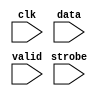
//Legal Notice: (C)2006 Altera Corporation. All rights reserved.  Your
//use of Altera Corporation's design tools, logic functions and other
//software and tools, and its AMPP partner logic functions, and any
//output files any of the foregoing (including device programming or
//simulation files), and any associated documentation or information are
//expressly subject to the terms and conditions of the Altera Program
//License Subscription Agreement or other applicable license agreement,
//including, without limitation, that your use is for the sole purpose
//of programming logic devices manufactured by Altera and sold by Altera
//or its authorized distributors.  Please refer to the applicable
//agreement for further details.

// synthesis translate_off
`timescale 1ns / 1ps
// synthesis translate_on

// turn off superfluous verilog processor warnings 
// altera message_level Level1 
// altera message_off 10034 10035 10036 10037 10230 10240 10030 

module uart_0_log_module (
                           // inputs:
                            clk,
                            data,
                            strobe,
                            valid
                         )
;

  input            clk;
  input   [  7: 0] data;
  input            strobe;
  input            valid;


//synthesis translate_off
//////////////// SIMULATION-ONLY CONTENTS
   reg [31:0] text_handle; // for $fopen
   initial text_handle = $fopen ("C:/576/Projects/FinalProject/test_sim/uart_0_log_module.txt");

   always @(posedge clk) begin
      if (valid && strobe) begin
	 // Send \n (linefeed) instead of \r (^M, Carriage Return)...
         $fwrite (text_handle, "%s", ((data == 8'hd) ? 8'ha : data));
	 // non-standard; poorly documented; required to get real data stream.
	 $fflush (text_handle);
      end
   end // clk


//////////////// END SIMULATION-ONLY CONTENTS

//synthesis translate_on

endmodule



// turn off superfluous verilog processor warnings 
// altera message_level Level1 
// altera message_off 10034 10035 10036 10037 10230 10240 10030 

module uart_0_tx (
                   // inputs:
                    baud_divisor,
                    begintransfer,
                    clk,
                    clk_en,
                    do_force_break,
                    reset_n,
                    status_wr_strobe,
                    tx_data,
                    tx_wr_strobe,

                   // outputs:
                    tx_overrun,
                    tx_ready,
                    tx_shift_empty,
                    txd
                 )
;

  output           tx_overrun;
  output           tx_ready;
  output           tx_shift_empty;
  output           txd;
  input   [  7: 0] baud_divisor;
  input            begintransfer;
  input            clk;
  input            clk_en;
  input            do_force_break;
  input            reset_n;
  input            status_wr_strobe;
  input   [  7: 0] tx_data;
  input            tx_wr_strobe;

  reg              baud_clk_en;
  reg     [  7: 0] baud_rate_counter;
  wire             baud_rate_counter_is_zero;
  reg              do_load_shifter;
  wire             do_shift;
  reg              pre_txd;
  wire             shift_done;
  wire    [  9: 0] tx_load_val;
  reg              tx_overrun;
  reg              tx_ready;
  reg              tx_shift_empty;
  wire             tx_shift_reg_out;
  wire    [  9: 0] tx_shift_register_contents;
  wire             tx_wr_strobe_onset;
  reg              txd;
  wire    [  9: 0] unxshiftxtx_shift_register_contentsxtx_shift_reg_outxx5_in;
  reg     [  9: 0] unxshiftxtx_shift_register_contentsxtx_shift_reg_outxx5_out;
  assign tx_wr_strobe_onset = tx_wr_strobe && begintransfer;
  assign tx_load_val = {{1 {1'b1}},
    tx_data,
    1'b0};

  assign shift_done = ~(|tx_shift_register_contents);
  always @(posedge clk or negedge reset_n)
    begin
      if (reset_n == 0)
          do_load_shifter <= 0;
      else if (clk_en)
          do_load_shifter <= (~tx_ready) && shift_done;
    end


  always @(posedge clk or negedge reset_n)
    begin
      if (reset_n == 0)
          tx_ready <= 1'b1;
      else if (clk_en)
          if (tx_wr_strobe_onset)
              tx_ready <= 0;
          else if (do_load_shifter)
              tx_ready <= -1;
    end


  always @(posedge clk or negedge reset_n)
    begin
      if (reset_n == 0)
          tx_overrun <= 0;
      else if (clk_en)
          if (status_wr_strobe)
              tx_overrun <= 0;
          else if (~tx_ready && tx_wr_strobe_onset)
              tx_overrun <= -1;
    end


  always @(posedge clk or negedge reset_n)
    begin
      if (reset_n == 0)
          tx_shift_empty <= 1'b1;
      else if (clk_en)
          tx_shift_empty <= tx_ready && shift_done;
    end


  always @(posedge clk or negedge reset_n)
    begin
      if (reset_n == 0)
          baud_rate_counter <= 0;
      else if (clk_en)
          if (baud_rate_counter_is_zero || do_load_shifter)
              baud_rate_counter <= baud_divisor;
          else 
            baud_rate_counter <= baud_rate_counter - 1;
    end


  assign baud_rate_counter_is_zero = baud_rate_counter == 0;
  always @(posedge clk or negedge reset_n)
    begin
      if (reset_n == 0)
          baud_clk_en <= 0;
      else if (clk_en)
          baud_clk_en <= baud_rate_counter_is_zero;
    end


  assign do_shift = baud_clk_en  && 
    (~shift_done) && 
    (~do_load_shifter);

  always @(posedge clk or negedge reset_n)
    begin
      if (reset_n == 0)
          pre_txd <= 1;
      else if (~shift_done)
          pre_txd <= tx_shift_reg_out;
    end


  always @(posedge clk or negedge reset_n)
    begin
      if (reset_n == 0)
          txd <= 1;
      else if (clk_en)
          txd <= pre_txd & ~do_force_break;
    end


  //_reg, which is an e_register
  always @(posedge clk or negedge reset_n)
    begin
      if (reset_n == 0)
          unxshiftxtx_shift_register_contentsxtx_shift_reg_outxx5_out <= 0;
      else if (clk_en)
          unxshiftxtx_shift_register_contentsxtx_shift_reg_outxx5_out <= unxshiftxtx_shift_register_contentsxtx_shift_reg_outxx5_in;
    end


  assign unxshiftxtx_shift_register_contentsxtx_shift_reg_outxx5_in = (do_load_shifter)? tx_load_val :
    (do_shift)? {1'b0,
    unxshiftxtx_shift_register_contentsxtx_shift_reg_outxx5_out[9 : 1]} :
    unxshiftxtx_shift_register_contentsxtx_shift_reg_outxx5_out;

  assign tx_shift_register_contents = unxshiftxtx_shift_register_contentsxtx_shift_reg_outxx5_out;
  assign tx_shift_reg_out = unxshiftxtx_shift_register_contentsxtx_shift_reg_outxx5_out[0];

endmodule



// turn off superfluous verilog processor warnings 
// altera message_level Level1 
// altera message_off 10034 10035 10036 10037 10230 10240 10030 

module uart_0_rx_stimulus_source_character_source_rom_module (
                                                               // inputs:
                                                                clk,
                                                                incr_addr,
                                                                reset_n,

                                                               // outputs:
                                                                new_rom,
                                                                q,
                                                                safe
                                                             )
;

  parameter POLL_RATE = 100;


  output           new_rom;
  output  [  7: 0] q;
  output           safe;
  input            clk;
  input            incr_addr;
  input            reset_n;

  reg     [ 10: 0] address;
  reg              d1_pre;
  reg              d2_pre;
  reg              d3_pre;
  reg              d4_pre;
  reg              d5_pre;
  reg              d6_pre;
  reg              d7_pre;
  reg              d8_pre;
  reg              d9_pre;
  reg     [  7: 0] mem_array [1023: 0];
  reg     [ 31: 0] mutex [  1: 0];
  reg              new_rom;
  reg              pre;
  wire    [  7: 0] q;
  wire             safe;

//synthesis translate_off
//////////////// SIMULATION-ONLY CONTENTS
  assign q = mem_array[address];
  always @(posedge clk or negedge reset_n)
    begin
      if (reset_n == 0)
        begin
          d1_pre <= 0;
          d2_pre <= 0;
          d3_pre <= 0;
          d4_pre <= 0;
          d5_pre <= 0;
          d6_pre <= 0;
          d7_pre <= 0;
          d8_pre <= 0;
          d9_pre <= 0;
          new_rom <= 0;
        end
      else if (1)
        begin
          d1_pre <= pre;
          d2_pre <= d1_pre;
          d3_pre <= d2_pre;
          d4_pre <= d3_pre;
          d5_pre <= d4_pre;
          d6_pre <= d5_pre;
          d7_pre <= d6_pre;
          d8_pre <= d7_pre;
          d9_pre <= d8_pre;
          new_rom <= d9_pre;
        end
    end


   reg        safe_delay;
   reg [31:0] poll_count;
   reg [31:0] mutex_handle;
   wire       interactive = 1'b0 ; // '
   assign     safe = (address < mutex[1]);

   initial poll_count = POLL_RATE;

   always @(posedge clk or negedge reset_n) begin
      if (reset_n !== 1) begin
         safe_delay <= 0;
      end else begin
         safe_delay <= safe;
      end
   end // safe_delay

   always @(posedge clk or negedge reset_n) begin
      if (reset_n !== 1) begin  // dont worry about null _stream.dat file
         address <= 0;
         mem_array[0] <= 0;
         mutex[0] <= 0;
         mutex[1] <= 0;
         pre <= 0;
      end else begin            // deal with the non-reset case
         pre <= 0;
         if (incr_addr && safe) address <= address + 1;
         if (mutex[0] && !safe && safe_delay) begin
            // and blast the mutex after falling edge of safe if interactive
            if (interactive) begin
               mutex_handle = $fopen ("C:/576/Projects/FinalProject/test_sim/uart_0_input_data_mutex.dat");
               $fdisplay (mutex_handle, "0");
               $fclose (mutex_handle);
               // $display ($stime, "\t%m:\n\t\tMutex cleared!");
            end else begin
               // sleep until next reset, do not bash mutex.
               wait (!reset_n);
            end
         end // OK to bash mutex.
         if (poll_count < POLL_RATE) begin // wait
            poll_count = poll_count + 1;
         end else begin         // do the interesting stuff.
            poll_count = 0;
            $readmemh ("C:/576/Projects/FinalProject/test_sim/uart_0_input_data_mutex.dat", mutex);
            if (mutex[0] && !safe) begin
            // read stream into mem_array after current characters are gone!
               // save mutex[0] value to compare to address (generates 'safe')
               mutex[1] <= mutex[0];
               // $display ($stime, "\t%m:\n\t\tMutex hit: Trying to read %d bytes...", mutex[0]);
               $readmemh("C:/576/Projects/FinalProject/test_sim/uart_0_input_data_stream.dat", mem_array);
               // bash address and send pulse outside to send the char:
               address <= 0;
               pre <= -1;
            end // else mutex miss...
         end // poll_count
      end // reset
   end // posedge clk


//////////////// END SIMULATION-ONLY CONTENTS

//synthesis translate_on

endmodule



// turn off superfluous verilog processor warnings 
// altera message_level Level1 
// altera message_off 10034 10035 10036 10037 10230 10240 10030 

module uart_0_rx_stimulus_source (
                                   // inputs:
                                    baud_divisor,
                                    clk,
                                    clk_en,
                                    reset_n,
                                    rx_char_ready,
                                    rxd,

                                   // outputs:
                                    source_rxd
                                 )
;

  output           source_rxd;
  input   [  7: 0] baud_divisor;
  input            clk;
  input            clk_en;
  input            reset_n;
  input            rx_char_ready;
  input            rxd;

  reg     [  7: 0] d1_stim_data;
  reg              delayed_unxrx_char_readyxx0;
  wire             do_send_stim_data;
  wire             new_rom_pulse;
  wire             pickup_pulse;
  wire             safe;
  wire             source_rxd;
  wire    [  7: 0] stim_data;
  wire             unused_empty;
  wire             unused_overrun;
  wire             unused_ready;

//synthesis translate_off
//////////////// SIMULATION-ONLY CONTENTS
  //stimulus_transmitter, which is an e_instance
  uart_0_tx stimulus_transmitter
    (
      .baud_divisor     (baud_divisor),
      .begintransfer    (do_send_stim_data),
      .clk              (clk),
      .clk_en           (clk_en),
      .do_force_break   (1'b0),
      .reset_n          (reset_n),
      .status_wr_strobe (1'b0),
      .tx_data          (d1_stim_data),
      .tx_overrun       (unused_overrun),
      .tx_ready         (unused_ready),
      .tx_shift_empty   (unused_empty),
      .tx_wr_strobe     (1'b1),
      .txd              (source_rxd)
    );

  always @(posedge clk or negedge reset_n)
    begin
      if (reset_n == 0)
          d1_stim_data <= 0;
      else if (do_send_stim_data)
          d1_stim_data <= stim_data;
    end


  //uart_0_rx_stimulus_source_character_source_rom, which is an e_drom
  uart_0_rx_stimulus_source_character_source_rom_module uart_0_rx_stimulus_source_character_source_rom
    (
      .clk       (clk),
      .incr_addr (do_send_stim_data),
      .new_rom   (new_rom_pulse),
      .q         (stim_data),
      .reset_n   (reset_n),
      .safe      (safe)
    );

  //delayed_unxrx_char_readyxx0, which is an e_register
  always @(posedge clk or negedge reset_n)
    begin
      if (reset_n == 0)
          delayed_unxrx_char_readyxx0 <= 0;
      else if (clk_en)
          delayed_unxrx_char_readyxx0 <= rx_char_ready;
    end


  assign pickup_pulse = ~(rx_char_ready) &  (delayed_unxrx_char_readyxx0);
  assign do_send_stim_data = (pickup_pulse || new_rom_pulse) && safe;

//////////////// END SIMULATION-ONLY CONTENTS

//synthesis translate_on
//synthesis read_comments_as_HDL on
//  assign source_rxd = rxd;
//synthesis read_comments_as_HDL off

endmodule



// turn off superfluous verilog processor warnings 
// altera message_level Level1 
// altera message_off 10034 10035 10036 10037 10230 10240 10030 

module uart_0_rx (
                   // inputs:
                    baud_divisor,
                    begintransfer,
                    clk,
                    clk_en,
                    reset_n,
                    rx_rd_strobe,
                    rxd,
                    status_wr_strobe,

                   // outputs:
                    break_detect,
                    framing_error,
                    parity_error,
                    rx_char_ready,
                    rx_data,
                    rx_overrun
                 )
;

  output           break_detect;
  output           framing_error;
  output           parity_error;
  output           rx_char_ready;
  output  [  7: 0] rx_data;
  output           rx_overrun;
  input   [  7: 0] baud_divisor;
  input            begintransfer;
  input            clk;
  input            clk_en;
  input            reset_n;
  input            rx_rd_strobe;
  input            rxd;
  input            status_wr_strobe;

  reg              baud_clk_en;
  wire    [  7: 0] baud_load_value;
  reg     [  7: 0] baud_rate_counter;
  wire             baud_rate_counter_is_zero;
  reg              break_detect;
  reg              d1_source_rxd;
  reg              delayed_unxrx_in_processxx3;
  reg              delayed_unxsync_rxdxx1;
  reg              delayed_unxsync_rxdxx2;
  reg              do_start_rx;
  reg              framing_error;
  wire             got_new_char;
  wire    [  6: 0] half_bit_cell_divisor;
  wire             is_break;
  wire             is_framing_error;
  wire             parity_error;
  wire    [  7: 0] raw_data_in;
  reg              rx_char_ready;
  reg     [  7: 0] rx_data;
  wire             rx_in_process;
  reg              rx_overrun;
  wire             rx_rd_strobe_onset;
  wire             rxd_edge;
  wire             rxd_falling;
  wire    [  9: 0] rxd_shift_reg;
  wire             sample_enable;
  wire             shift_reg_start_bit_n;
  wire             source_rxd;
  wire             stop_bit;
  reg              sync_rxd;
  wire             unused_start_bit;
  wire    [  9: 0] unxshiftxrxd_shift_regxshift_reg_start_bit_nxx6_in;
  reg     [  9: 0] unxshiftxrxd_shift_regxshift_reg_start_bit_nxx6_out;
  uart_0_rx_stimulus_source the_uart_0_rx_stimulus_source
    (
      .baud_divisor  (baud_divisor),
      .clk           (clk),
      .clk_en        (clk_en),
      .reset_n       (reset_n),
      .rx_char_ready (rx_char_ready),
      .rxd           (rxd),
      .source_rxd    (source_rxd)
    );

  always @(posedge clk or negedge reset_n)
    begin
      if (reset_n == 0)
        begin
          d1_source_rxd <= 0;
          sync_rxd <= 0;
        end
      else if (clk_en)
        begin
          d1_source_rxd <= source_rxd;
          sync_rxd <= d1_source_rxd;
        end
    end


  //delayed_unxsync_rxdxx1, which is an e_register
  always @(posedge clk or negedge reset_n)
    begin
      if (reset_n == 0)
          delayed_unxsync_rxdxx1 <= 0;
      else if (clk_en)
          delayed_unxsync_rxdxx1 <= sync_rxd;
    end


  assign rxd_falling = ~(sync_rxd) &  (delayed_unxsync_rxdxx1);
  //delayed_unxsync_rxdxx2, which is an e_register
  always @(posedge clk or negedge reset_n)
    begin
      if (reset_n == 0)
          delayed_unxsync_rxdxx2 <= 0;
      else if (clk_en)
          delayed_unxsync_rxdxx2 <= sync_rxd;
    end


  assign rxd_edge = (sync_rxd) ^  (delayed_unxsync_rxdxx2);
  assign rx_rd_strobe_onset = rx_rd_strobe && begintransfer;
  assign half_bit_cell_divisor = baud_divisor[7 : 1];
  assign baud_load_value = (rxd_edge)? half_bit_cell_divisor :
    baud_divisor;

  always @(posedge clk or negedge reset_n)
    begin
      if (reset_n == 0)
          baud_rate_counter <= 0;
      else if (clk_en)
          if (baud_rate_counter_is_zero || rxd_edge)
              baud_rate_counter <= baud_load_value;
          else 
            baud_rate_counter <= baud_rate_counter - 1;
    end


  assign baud_rate_counter_is_zero = baud_rate_counter == 0;
  always @(posedge clk or negedge reset_n)
    begin
      if (reset_n == 0)
          baud_clk_en <= 0;
      else if (clk_en)
          if (rxd_edge)
              baud_clk_en <= 0;
          else 
            baud_clk_en <= baud_rate_counter_is_zero;
    end


  assign sample_enable = baud_clk_en && rx_in_process;
  always @(posedge clk or negedge reset_n)
    begin
      if (reset_n == 0)
          do_start_rx <= 0;
      else if (clk_en)
          if (~rx_in_process && rxd_falling)
              do_start_rx <= 1;
          else 
            do_start_rx <= 0;
    end


  assign rx_in_process = shift_reg_start_bit_n;
  assign {stop_bit,
raw_data_in,
unused_start_bit} = rxd_shift_reg;
  assign is_break = ~(|rxd_shift_reg);
  assign is_framing_error = ~stop_bit && ~is_break;
  //delayed_unxrx_in_processxx3, which is an e_register
  always @(posedge clk or negedge reset_n)
    begin
      if (reset_n == 0)
          delayed_unxrx_in_processxx3 <= 0;
      else if (clk_en)
          delayed_unxrx_in_processxx3 <= rx_in_process;
    end


  assign got_new_char = ~(rx_in_process) &  (delayed_unxrx_in_processxx3);
  always @(posedge clk or negedge reset_n)
    begin
      if (reset_n == 0)
          rx_data <= 0;
      else if (got_new_char)
          rx_data <= raw_data_in;
    end


  always @(posedge clk or negedge reset_n)
    begin
      if (reset_n == 0)
          framing_error <= 0;
      else if (clk_en)
          if (status_wr_strobe)
              framing_error <= 0;
          else if (got_new_char && is_framing_error)
              framing_error <= -1;
    end


  always @(posedge clk or negedge reset_n)
    begin
      if (reset_n == 0)
          break_detect <= 0;
      else if (clk_en)
          if (status_wr_strobe)
              break_detect <= 0;
          else if (got_new_char && is_break)
              break_detect <= -1;
    end


  always @(posedge clk or negedge reset_n)
    begin
      if (reset_n == 0)
          rx_overrun <= 0;
      else if (clk_en)
          if (status_wr_strobe)
              rx_overrun <= 0;
          else if (got_new_char && rx_char_ready)
              rx_overrun <= -1;
    end


  always @(posedge clk or negedge reset_n)
    begin
      if (reset_n == 0)
          rx_char_ready <= 0;
      else if (clk_en)
          if (rx_rd_strobe_onset)
              rx_char_ready <= 0;
          else if (got_new_char)
              rx_char_ready <= -1;
    end


  assign parity_error = 0;
  //_reg, which is an e_register
  always @(posedge clk or negedge reset_n)
    begin
      if (reset_n == 0)
          unxshiftxrxd_shift_regxshift_reg_start_bit_nxx6_out <= 0;
      else if (clk_en)
          unxshiftxrxd_shift_regxshift_reg_start_bit_nxx6_out <= unxshiftxrxd_shift_regxshift_reg_start_bit_nxx6_in;
    end


  assign unxshiftxrxd_shift_regxshift_reg_start_bit_nxx6_in = (do_start_rx)? {10{1'b1}} :
    (sample_enable)? {sync_rxd,
    unxshiftxrxd_shift_regxshift_reg_start_bit_nxx6_out[9 : 1]} :
    unxshiftxrxd_shift_regxshift_reg_start_bit_nxx6_out;

  assign rxd_shift_reg = unxshiftxrxd_shift_regxshift_reg_start_bit_nxx6_out;
  assign shift_reg_start_bit_n = unxshiftxrxd_shift_regxshift_reg_start_bit_nxx6_out[0];

endmodule



// turn off superfluous verilog processor warnings 
// altera message_level Level1 
// altera message_off 10034 10035 10036 10037 10230 10240 10030 

module uart_0_regs (
                     // inputs:
                      address,
                      break_detect,
                      chipselect,
                      clk,
                      clk_en,
                      framing_error,
                      parity_error,
                      read_n,
                      reset_n,
                      rx_char_ready,
                      rx_data,
                      rx_overrun,
                      tx_overrun,
                      tx_ready,
                      tx_shift_empty,
                      write_n,
                      writedata,

                     // outputs:
                      baud_divisor,
                      dataavailable,
                      do_force_break,
                      irq,
                      readdata,
                      readyfordata,
                      rx_rd_strobe,
                      status_wr_strobe,
                      tx_data,
                      tx_wr_strobe
                   )
;

  output  [  7: 0] baud_divisor;
  output           dataavailable;
  output           do_force_break;
  output           irq;
  output  [ 15: 0] readdata;
  output           readyfordata;
  output           rx_rd_strobe;
  output           status_wr_strobe;
  output  [  7: 0] tx_data;
  output           tx_wr_strobe;
  input   [  2: 0] address;
  input            break_detect;
  input            chipselect;
  input            clk;
  input            clk_en;
  input            framing_error;
  input            parity_error;
  input            read_n;
  input            reset_n;
  input            rx_char_ready;
  input   [  7: 0] rx_data;
  input            rx_overrun;
  input            tx_overrun;
  input            tx_ready;
  input            tx_shift_empty;
  input            write_n;
  input   [ 15: 0] writedata;

  wire             any_error;
  wire    [  7: 0] baud_divisor;
  reg     [  9: 0] control_reg;
  wire             control_wr_strobe;
  wire             cts_status_bit;
  reg              d1_rx_char_ready;
  reg              d1_tx_ready;
  wire             dataavailable;
  wire             dcts_status_bit;
  reg              delayed_unxtx_readyxx4;
  wire    [  7: 0] divisor_constant;
  wire             do_force_break;
  wire             do_write_char;
  wire             eop_status_bit;
  wire             ie_any_error;
  wire             ie_break_detect;
  wire             ie_framing_error;
  wire             ie_parity_error;
  wire             ie_rx_char_ready;
  wire             ie_rx_overrun;
  wire             ie_tx_overrun;
  wire             ie_tx_ready;
  wire             ie_tx_shift_empty;
  reg              irq;
  wire             qualified_irq;
  reg     [ 15: 0] readdata;
  wire             readyfordata;
  wire             rx_rd_strobe;
  wire    [ 15: 0] selected_read_data;
  wire    [ 12: 0] status_reg;
  wire             status_wr_strobe;
  reg     [  7: 0] tx_data;
  wire             tx_wr_strobe;
  always @(posedge clk or negedge reset_n)
    begin
      if (reset_n == 0)
          readdata <= 0;
      else if (clk_en)
          readdata <= selected_read_data;
    end


  always @(posedge clk or negedge reset_n)
    begin
      if (reset_n == 0)
          irq <= 0;
      else if (clk_en)
          irq <= qualified_irq;
    end


  assign rx_rd_strobe = chipselect && ~read_n  && (address == 3'd0);
  assign tx_wr_strobe = chipselect && ~write_n && (address == 3'd1);
  assign status_wr_strobe = chipselect && ~write_n && (address == 3'd2);
  assign control_wr_strobe = chipselect && ~write_n && (address == 3'd3);
  always @(posedge clk or negedge reset_n)
    begin
      if (reset_n == 0)
          tx_data <= 0;
      else if (tx_wr_strobe)
          tx_data <= writedata[7 : 0];
    end


  always @(posedge clk or negedge reset_n)
    begin
      if (reset_n == 0)
          control_reg <= 0;
      else if (control_wr_strobe)
          control_reg <= writedata[9 : 0];
    end


  assign baud_divisor = divisor_constant;
  assign cts_status_bit = 0;
  assign dcts_status_bit = 0;
  assign {do_force_break,
ie_any_error,
ie_rx_char_ready,
ie_tx_ready,
ie_tx_shift_empty,
ie_tx_overrun,
ie_rx_overrun,
ie_break_detect,
ie_framing_error,
ie_parity_error} = control_reg;
  assign any_error = tx_overrun ||
    rx_overrun ||
    parity_error ||
    framing_error ||
    break_detect;

  assign status_reg = {eop_status_bit,
    cts_status_bit,
    dcts_status_bit,
    1'b0,
    any_error,
    rx_char_ready,
    tx_ready,
    tx_shift_empty,
    tx_overrun,
    rx_overrun,
    break_detect,
    framing_error,
    parity_error};

  always @(posedge clk or negedge reset_n)
    begin
      if (reset_n == 0)
          d1_rx_char_ready <= 0;
      else if (clk_en)
          d1_rx_char_ready <= rx_char_ready;
    end


  always @(posedge clk or negedge reset_n)
    begin
      if (reset_n == 0)
          d1_tx_ready <= 0;
      else if (clk_en)
          d1_tx_ready <= tx_ready;
    end


  assign dataavailable = d1_rx_char_ready;
  assign readyfordata = d1_tx_ready;
  assign eop_status_bit = 1'b0;
  assign selected_read_data = ({16 {(address == 3'd0)}} & rx_data) |
    ({16 {(address == 3'd1)}} & tx_data) |
    ({16 {(address == 3'd2)}} & status_reg) |
    ({16 {(address == 3'd3)}} & control_reg);

  assign qualified_irq = (ie_any_error      && any_error      ) ||
    (ie_tx_shift_empty && tx_shift_empty ) ||
    (ie_tx_overrun     && tx_overrun     ) ||
    (ie_rx_overrun     && rx_overrun     ) ||
    (ie_break_detect   && break_detect   ) ||
    (ie_framing_error  && framing_error  ) ||
    (ie_parity_error   && parity_error   ) ||
    (ie_rx_char_ready  && rx_char_ready  ) ||
    (ie_tx_ready       && tx_ready       );


//synthesis translate_off
//////////////// SIMULATION-ONLY CONTENTS
  //delayed_unxtx_readyxx4, which is an e_register
  always @(posedge clk or negedge reset_n)
    begin
      if (reset_n == 0)
          delayed_unxtx_readyxx4 <= 0;
      else if (clk_en)
          delayed_unxtx_readyxx4 <= tx_ready;
    end


  assign do_write_char = (tx_ready) & ~(delayed_unxtx_readyxx4);
  always @(posedge clk)
    begin
      if (do_write_char)
          $write("%c", tx_data);
    end


  assign divisor_constant = 4;

//////////////// END SIMULATION-ONLY CONTENTS

//synthesis translate_on
//synthesis read_comments_as_HDL on
//  assign divisor_constant = 156;
//synthesis read_comments_as_HDL off

endmodule



// turn off superfluous verilog processor warnings 
// altera message_level Level1 
// altera message_off 10034 10035 10036 10037 10230 10240 10030 

module uart_0 (
                // inputs:
                 address,
                 begintransfer,
                 chipselect,
                 clk,
                 read_n,
                 reset_n,
                 rxd,
                 write_n,
                 writedata,

                // outputs:
                 dataavailable,
                 irq,
                 readdata,
                 readyfordata,
                 txd
              )
;

  output           dataavailable;
  output           irq;
  output  [ 15: 0] readdata;
  output           readyfordata;
  output           txd;
  input   [  2: 0] address;
  input            begintransfer;
  input            chipselect;
  input            clk;
  input            read_n;
  input            reset_n;
  input            rxd;
  input            write_n;
  input   [ 15: 0] writedata;

  wire    [  7: 0] baud_divisor;
  wire             break_detect;
  wire             clk_en;
  wire             dataavailable;
  wire             do_force_break;
  wire             framing_error;
  wire             irq;
  wire             parity_error;
  wire    [ 15: 0] readdata;
  wire             readyfordata;
  wire             rx_char_ready;
  wire    [  7: 0] rx_data;
  wire             rx_overrun;
  wire             rx_rd_strobe;
  wire             status_wr_strobe;
  wire    [  7: 0] tx_data;
  wire             tx_overrun;
  wire             tx_ready;
  wire             tx_shift_empty;
  wire             tx_wr_strobe;
  wire             txd;
  assign clk_en = 1;
  uart_0_tx the_uart_0_tx
    (
      .baud_divisor     (baud_divisor),
      .begintransfer    (begintransfer),
      .clk              (clk),
      .clk_en           (clk_en),
      .do_force_break   (do_force_break),
      .reset_n          (reset_n),
      .status_wr_strobe (status_wr_strobe),
      .tx_data          (tx_data),
      .tx_overrun       (tx_overrun),
      .tx_ready         (tx_ready),
      .tx_shift_empty   (tx_shift_empty),
      .tx_wr_strobe     (tx_wr_strobe),
      .txd              (txd)
    );

  uart_0_rx the_uart_0_rx
    (
      .baud_divisor     (baud_divisor),
      .begintransfer    (begintransfer),
      .break_detect     (break_detect),
      .clk              (clk),
      .clk_en           (clk_en),
      .framing_error    (framing_error),
      .parity_error     (parity_error),
      .reset_n          (reset_n),
      .rx_char_ready    (rx_char_ready),
      .rx_data          (rx_data),
      .rx_overrun       (rx_overrun),
      .rx_rd_strobe     (rx_rd_strobe),
      .rxd              (rxd),
      .status_wr_strobe (status_wr_strobe)
    );

  uart_0_regs the_uart_0_regs
    (
      .address          (address),
      .baud_divisor     (baud_divisor),
      .break_detect     (break_detect),
      .chipselect       (chipselect),
      .clk              (clk),
      .clk_en           (clk_en),
      .dataavailable    (dataavailable),
      .do_force_break   (do_force_break),
      .framing_error    (framing_error),
      .irq              (irq),
      .parity_error     (parity_error),
      .read_n           (read_n),
      .readdata         (readdata),
      .readyfordata     (readyfordata),
      .reset_n          (reset_n),
      .rx_char_ready    (rx_char_ready),
      .rx_data          (rx_data),
      .rx_overrun       (rx_overrun),
      .rx_rd_strobe     (rx_rd_strobe),
      .status_wr_strobe (status_wr_strobe),
      .tx_data          (tx_data),
      .tx_overrun       (tx_overrun),
      .tx_ready         (tx_ready),
      .tx_shift_empty   (tx_shift_empty),
      .tx_wr_strobe     (tx_wr_strobe),
      .write_n          (write_n),
      .writedata        (writedata)
    );

  //s1, which is an e_avalon_slave

//synthesis translate_off
//////////////// SIMULATION-ONLY CONTENTS
  //uart_0_log, which is an e_log
  uart_0_log_module uart_0_log
    (
      .clk    (clk),
      .data   (tx_data),
      .strobe (tx_wr_strobe),
      .valid  (~tx_ready)
    );


//////////////// END SIMULATION-ONLY CONTENTS

//synthesis translate_on

endmodule